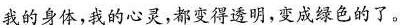
我的身体，我的心灵，都变得透明，变成绿色的了。